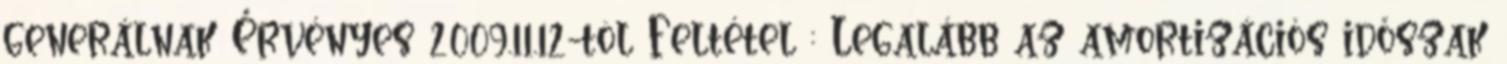
generálnak Érvényes 2009.11.12-töl Feltétel : Legalább az amortizációs időszak